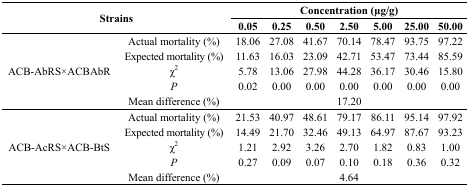
<table><thead><tr><td rowspan="2" colspan="2"><b>Strains</b></td><td colspan="7"><b>Concentration (μg/g)</b></td></tr><tr><td><b>0.05</b></td><td><b>0.25</b></td><td><b>0.50</b></td><td><b>2.50</b></td><td><b>5.00</b></td><td><b>25.00</b></td><td><b>50.00</b></td></tr></thead><tbody><tr><td rowspan="5">ACB-AbRS×ACBAbR</td><td>Actual mortality (%)</td><td>18.06</td><td>27.08</td><td>41.67</td><td>70.14</td><td>78.47</td><td>93.75</td><td>97.22</td></tr><tr><td>Expected mortality (%)</td><td>11.63</td><td>16.03</td><td>23.09</td><td>42.71</td><td>53.47</td><td>73.44</td><td>85.59</td></tr><tr><td>χ<sup>2</sup></td><td>5.78</td><td>13.06</td><td>27.98</td><td>44.28</td><td>36.17</td><td>30.46</td><td>15.80</td></tr><tr><td><i>P</i></td><td>0.02</td><td>0.00</td><td>0.00</td><td>0.00</td><td>0.00</td><td>0.00</td><td>0.00</td></tr><tr><td>Mean difference (%)</td><td colspan="7">17.20</td></tr><tr><td rowspan="5">ACB-AcRS×ACB-BtS</td><td>Actual mortality (%)</td><td>21.53</td><td>40.97</td><td>48.61</td><td>79.17</td><td>86.11</td><td>95.14</td><td>97.92</td></tr><tr><td>Expected mortality (%)</td><td>14.49</td><td>21.70</td><td>32.46</td><td>49.13</td><td>64.97</td><td>87.67</td><td>93.23</td></tr><tr><td>χ<sup>2</sup></td><td>1.21</td><td>2.92</td><td>3.26</td><td>2.70</td><td>1.82</td><td>0.83</td><td>1.00</td></tr><tr><td><i>P</i></td><td>0.27</td><td>0.09</td><td>0.07</td><td>0.10</td><td>0.18</td><td>0.36</td><td>0.32</td></tr><tr><td>Mean difference (%)</td><td colspan="7">4.64</td></tr></tbody></table>